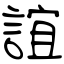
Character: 誼